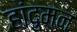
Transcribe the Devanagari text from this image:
हांदुमन